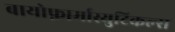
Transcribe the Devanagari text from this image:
बायोफ़ार्मास्युटिकल्स